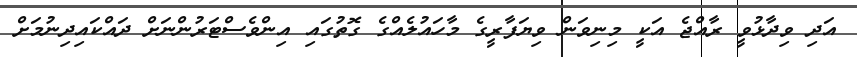
އަދި ވިދާޅުވީ ރާއްޖެ އަކީ މިނިވަން ވިޔަފާރީގެ މާހައުލެއްގެ ގޮތުގައި އިންވެސްޓަރުންނަށް ދައްކައިދިނުމަށް